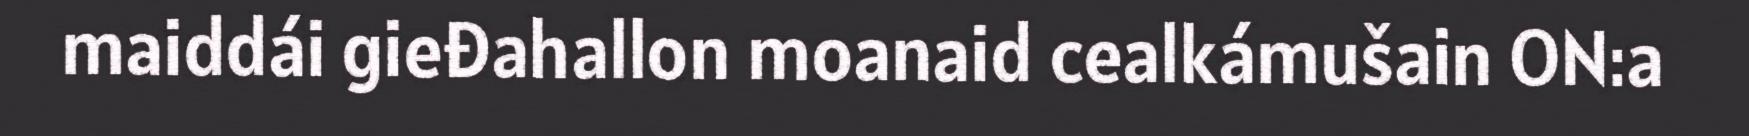
maiddái gieđahallon moanaid cealkámušain ON:a